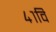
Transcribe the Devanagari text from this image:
४१वि